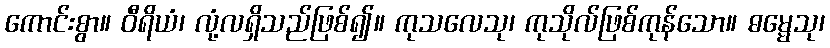
ကောင်းစွာ။ ဝီရိယံ၊ လုံ့လရှိသည်ဖြစ်၍။ ကုသလေသု၊ ကုသိုလ်ဖြစ်ကုန်သော။ ဓမ္မေသု၊